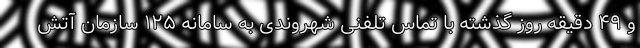
و ۴۹ دقیقه روز گذشته با تماس تلفنی شهروندی به سامانه ۱۲۵ سازمان آتش